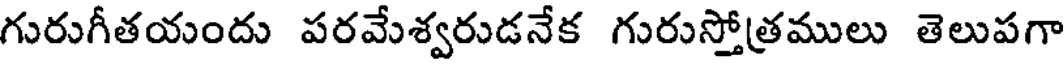
గురుగీతయందు పరమేశ్వరుడనేక గురుస్తోత్రములు తెలుపగా